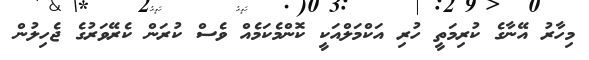
މިހާރު އޭނާގެ ކުރިމަތީ ހުރި އަކްމަލްއަކީ ކޮންމެކަމެއް ވެސް ކުރަން ކެރޭވަރުގެ ޖެހިލުން